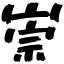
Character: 崇